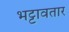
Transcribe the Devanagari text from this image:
भट्टावतार